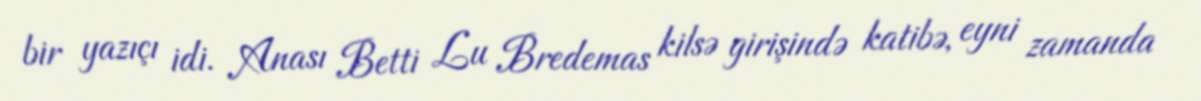
bir yazıçı idi. Anası Betti Lu Bredemas kilsə girişində katibə, eyni zamanda